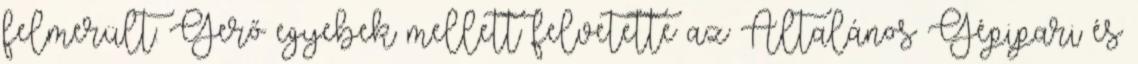
felmerült: Gerő egyebek mellett felvetette az Általános Gépipari és